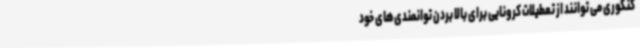
کنکوری می توانند از تعطیلات کرونایی برای بالا بردن توانمندی‌های خود